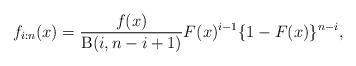
\begin{align*}f_{i:n}(x)=\frac{f(x)}{\operatorname{B}(i,n-i+1)}F(x)^{i-1}\{1-F(x)\}^{n-i},\end{align*}